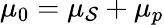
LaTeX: \mu_{0}=\mu_{\mathcal{S}}+\mu_{p}